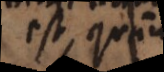
est, quam